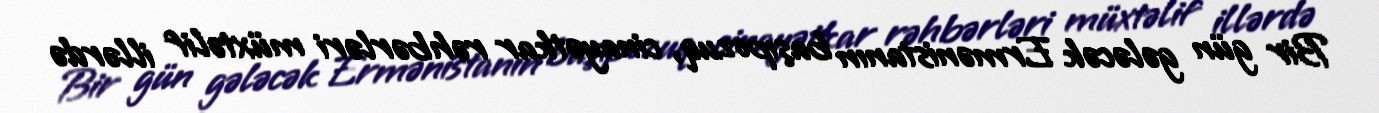
Bir gün gələcək Ermənistanın başıpozuq, cinayətkar rəhbərləri müxtəlif illərdə